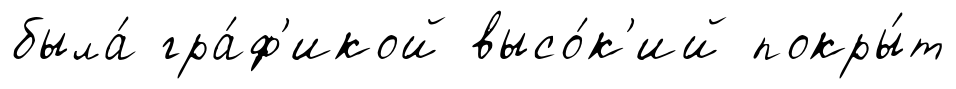
была́ гра́ф'икой высо́к'ий покры́т